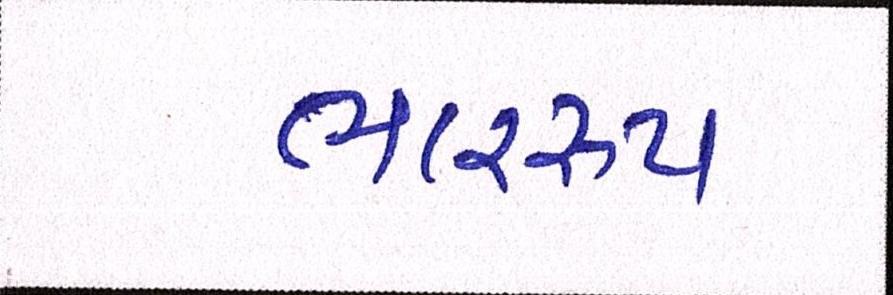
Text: ભારરૂપ